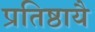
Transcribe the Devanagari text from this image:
प्रतिष्ठायै